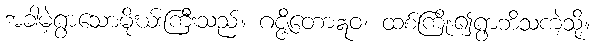
အခါမဲ့ရွာသောမိုဃ်းကြီးသည်။ ဂဇ္ဇိတောဣဝ၊ ထစ်ကြိုး၍ရွာဘိသကဲ့သို့။